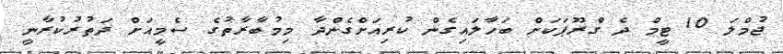
ޖުމްލަ 10 ޓީމް ދެ ގްރޫޕަކަށް ބަހާލައިގެން ކުރިއަށްގެންދާ މިމުބާރާތުގެ ސެމީއަށް ދަތުރުކުރާނީ